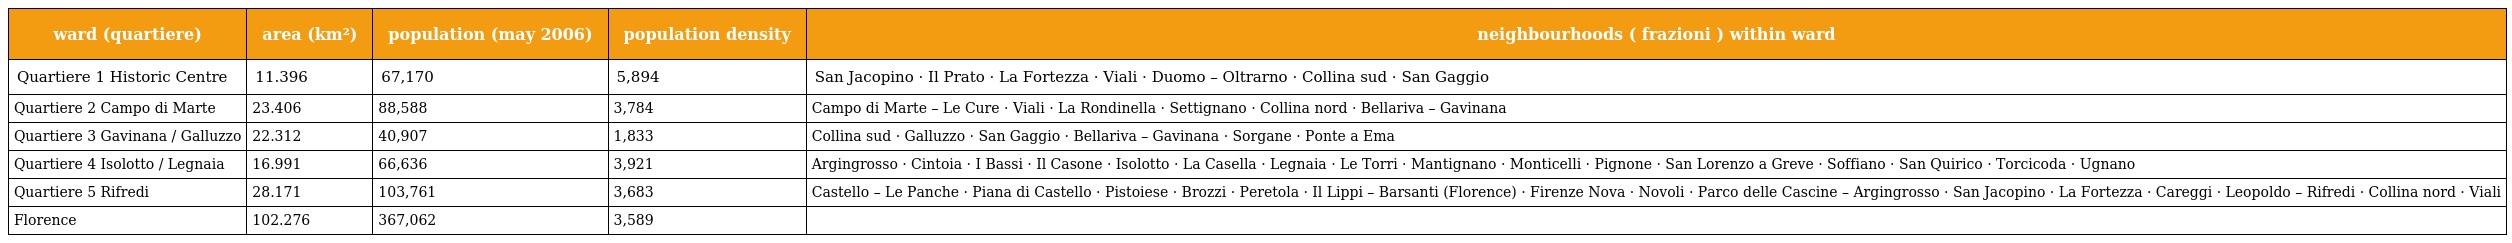
| ward (quartiere) | area (km²) | population (may 2006) | population density | neighbourhoods ( frazioni ) within ward |
 | --- | --- | --- | --- | --- |
 | Quartiere 1 Historic Centre | 11.396 | 67,170 | 5,894 | San Jacopino · Il Prato · La Fortezza · Viali · Duomo – Oltrarno · Collina sud · San Gaggio |
 | Quartiere 2 Campo di Marte | 23.406 | 88,588 | 3,784 | Campo di Marte – Le Cure · Viali · La Rondinella · Settignano · Collina nord · Bellariva – Gavinana |
 | Quartiere 3 Gavinana / Galluzzo | 22.312 | 40,907 | 1,833 | Collina sud · Galluzzo · San Gaggio · Bellariva – Gavinana · Sorgane · Ponte a Ema |
 | Quartiere 4 Isolotto / Legnaia | 16.991 | 66,636 | 3,921 | Argingrosso · Cintoia · I Bassi · Il Casone · Isolotto · La Casella · Legnaia · Le Torri · Mantignano · Monticelli · Pignone · San Lorenzo a Greve · Soffiano · San Quirico · Torcicoda · Ugnano |
 | Quartiere 5 Rifredi | 28.171 | 103,761 | 3,683 | Castello – Le Panche · Piana di Castello · Pistoiese · Brozzi · Peretola · Il Lippi – Barsanti (Florence) · Firenze Nova · Novoli · Parco delle Cascine – Argingrosso · San Jacopino · La Fortezza · Careggi · Leopoldo – Rifredi · Collina nord · Viali |
 | Florence | 102.276 | 367,062 | 3,589 |  |